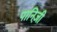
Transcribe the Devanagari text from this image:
पानिज़ी